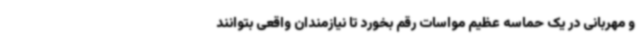
و مهربانی در یک حماسه عظیم مواسات رقم بخورد تا نیازمندان واقعی بتوانند